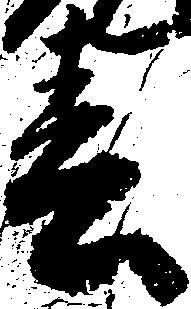
春